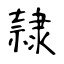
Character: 隷